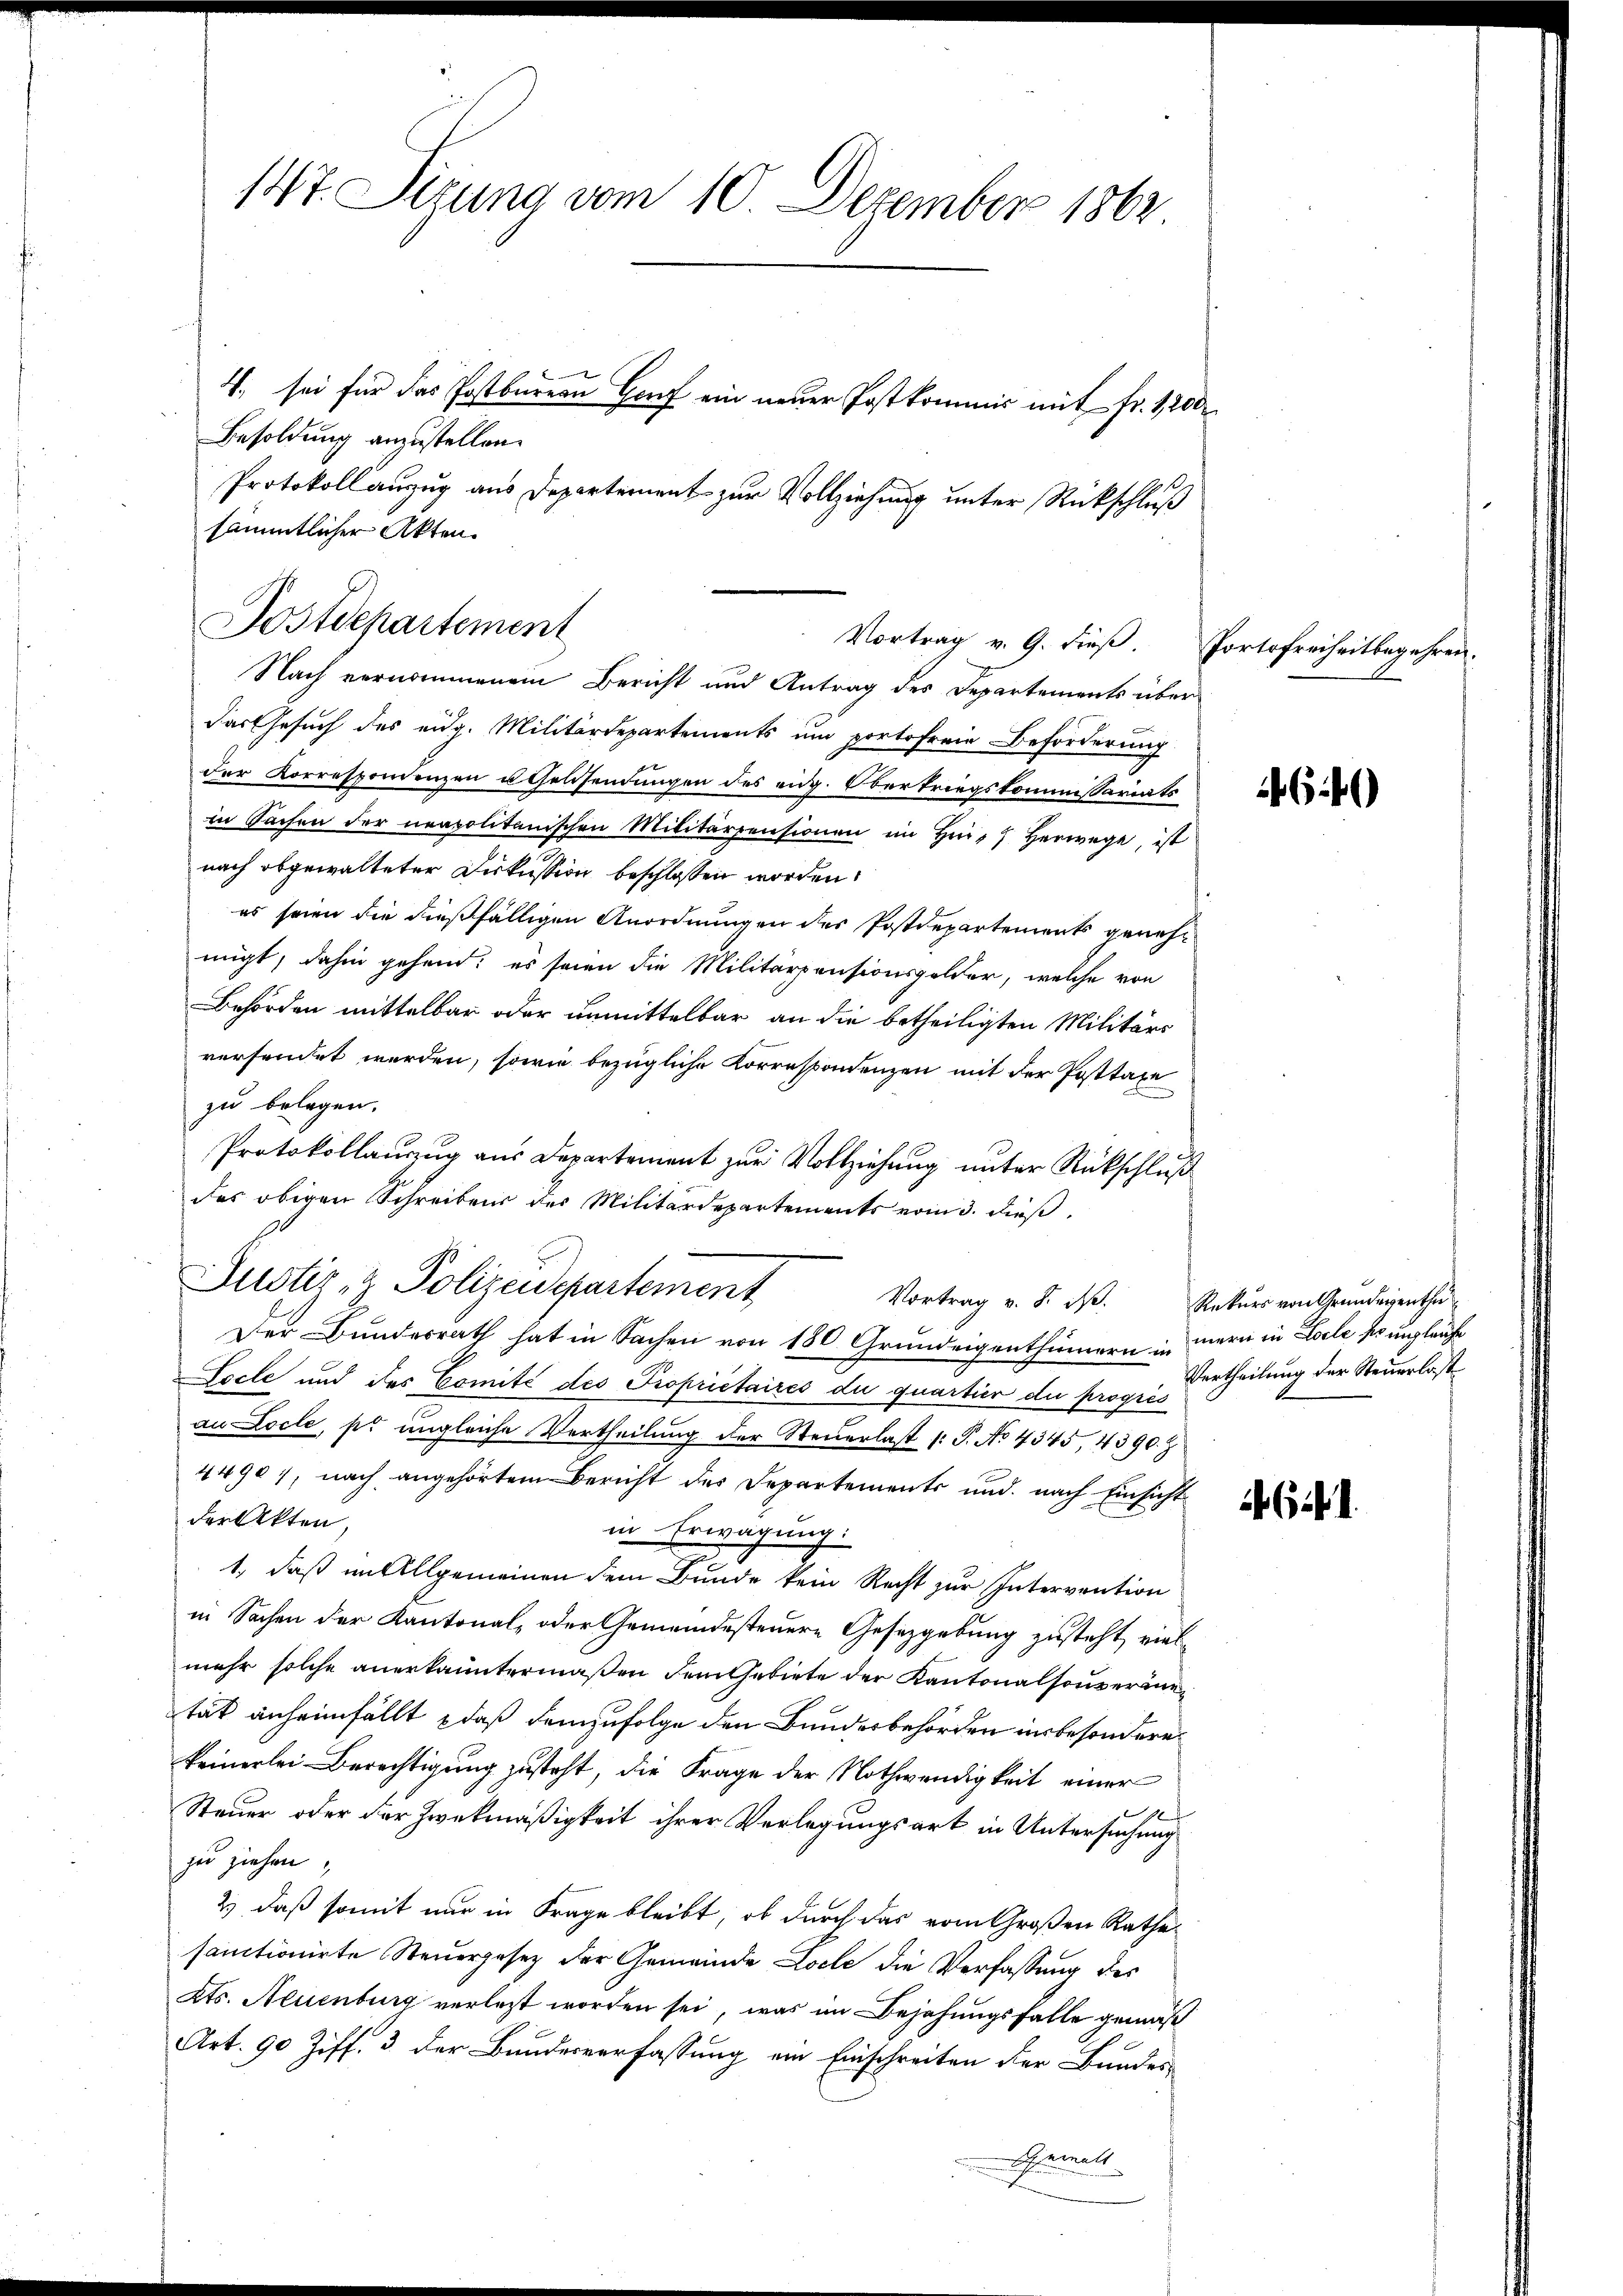
147. Sizung vom 10. Dezember 1862
4. sei für das Postbarern Gruf ein neuer Postkommis mit Fr. 1200

Besoldung anzustellen.
Protokoll anzug aus Departement zur Vollziehung unter Rückschluß
Nach vernommenem Bericht und Antrag des Departements über
Das Gesuch des eidg. Militärdepartements um portofreie Beförderung
der Korresponienzen u Geldsendungen des eidg. Oberkriegskommissariats
in Sachen der neapolitanischen Militärpensionen im hin, herwege, ist
nach abgewalteter Diskussion beschlossen worden.
es seien die dießfälligen Anordnungen der Postdepartements genehmigt, dahin gehend; es seien die Militärpensionsgelder, welche von
Behörden mittelbar oder unmittelbar an die betheiligten Militärs
versendet werden, sowie bezügliche Korrespondenzen mit der Posttaxe
zu belegen.
Protokollanzug aus Departement zur Vollziehung unter Rückschluß
des obigen Schreibens des Militärdepartements vom 3. dieß
Justiz- & Polizeidepartement
Der Bundesrath hat in Sachen von 180 Grundeigenthümern in mern in Loele so unglaufe
Locte und des Comité des Proprietaires du quartier du progres
an Locle, pr ungleiche Vertheilung der Steuerlast /: P. No 4345, 4390. Z
44907, nach angehörtem Bericht des Departements und nach Einsicht
der Akten,
in Erwägung:
1, daß im Allgemeinen dem Bunde kein Recht zur Intervention
in Sachen der Kantonal- oder Gemeindesteuere Gesetzgebung zusteht, vielmehr solche anerkanntermaßen dem Gebiete der Kantonalsouveräntät anheimfällt, daß demzufolge den Bundesbehörden insbesondere
keinerlei Berechtigung zusteht, die Frage der Nothwendigkeit einer
e
Steuer oder der Zweckmäßigkeit ihrer Verlegungsart in Untersuchung
zu ziehen,
2) daß somit nur in Frage bleibt, ob durch das vom Großen Rathe
samtionirte Steuergesetz der Gemeinde Loche die Verfassung des
Kts. Neuenburg verlest worden sei, was im Bejahungsfalle gemäß
Art. 90 Ziff. 3 der Bundesverfassung ein Einschreiten der Bundes-
Gewalt

sämmtlicher Akten.
Postdepartement
Vortrag v. 9. dieß. Portofreiheitbegehren.

Vortrag v. 8. d. Rekŭrs von Grundeigenthŭ

64)

Gif.

Vertheilung der Steuerlast